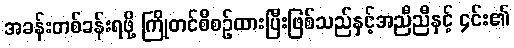
အခန်းတစ်ခန်းရဖို့ ကြိုတင်စီစဉ်ထားပြီးဖြစ်သည်နှင့်အညီညီနှင့် ၄င်း၏